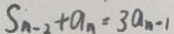
S _ { n - 2 } + a _ { n } = 3 a _ { n - 1 }